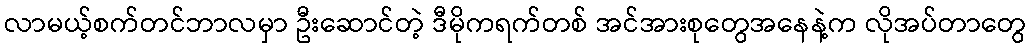
လာမယ့်စက်တင်ဘာလမှာ ဦးဆောင်တဲ့ ဒီမိုကရက်တစ် အင်အားစုတွေအနေနဲ့က လိုအပ်တာတွေ